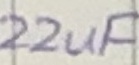
Text: 22uF